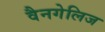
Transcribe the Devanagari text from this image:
वैनगेलिज